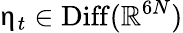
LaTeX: \upeta_{t}\in\operatorname{Diff}(\mathbb{R}^{6N})